Lunatic asylums Madras 1892-1911 - 1892-1911
Year: 1892
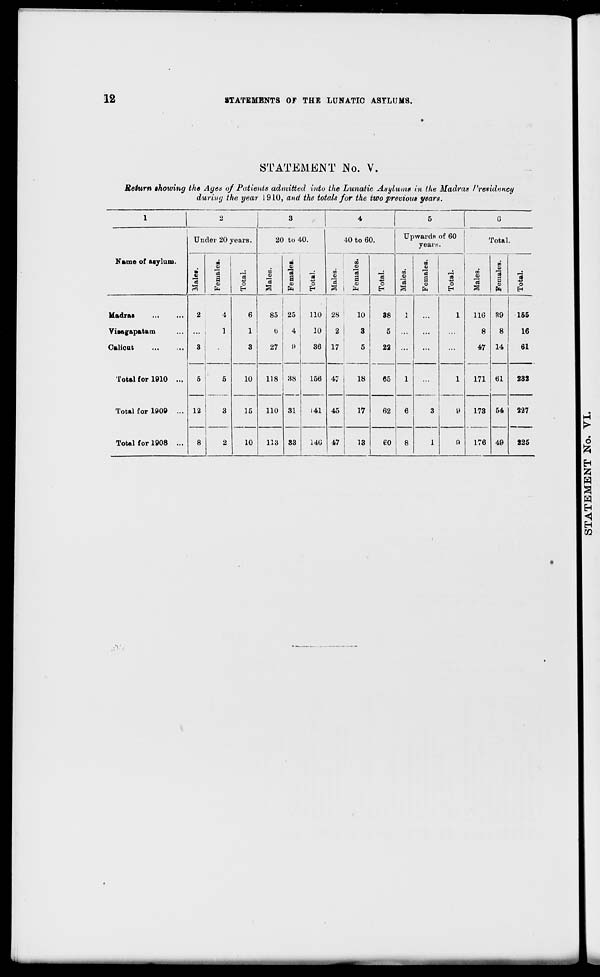
12
STATEMENTS OF THE LUNATIC ASYLUMS.
STATEMENT No. V.
Return ihowing the Ages of Patients admitted into the Lunatic Asylum* in the Madras /'residency
during the year 1910, and the totals for the two previous years.
1
2
3
©
Total.
1
Males.
4
5
wards
years
of 60
G
Uu rler 20 years.
20 to 4
10 to 60.
Up
Cotal •
Name of asylum.
V
90
"3
a
CO
co-
ts
o
H
CO
CO
"3
fen
00
A 3
a
09
a
a
CD
o
EH
03
00
■a
a
i
09
U)
an
13
S
CD
1*
o
EH
Madras
Viaag-apatam
Calioat
2
...
3
5
12
8
4
1
6
1
3
85
b
27
118
25
4
i)
38
31
110
10
36
28
2
17
47
45
47
10
3
5
18
38
5
22
i
i
6
...
i
116
8
47
171
39
8
14
61
54
49
155
16
61
Total for 1910 ...
5
3
10
15
10
156
65
3
i
»
232
Total for 1909 ...
110
141
17
62
173
176
227
Total for 1908 ...
2
113 33
140
13
€0
8
1
9
225
H
P
d
Szi
H
23
H
H
H